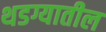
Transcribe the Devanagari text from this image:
थडग्यातील